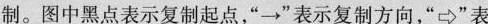
制。图中黑点表示复制起点，”\rightarrow ”表示复制方向，”\Rightarrow”表